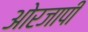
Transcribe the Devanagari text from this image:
ओरजापी